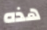
هذه